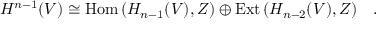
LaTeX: H ^ { n - 1 } ( V ) \cong \mathrm { H o m } \, ( H _ { n - 1 } ( V ) , Z ) \oplus \mathrm { E x t } \, ( H _ { n - 2 } ( V ) , Z ) \quad .